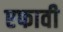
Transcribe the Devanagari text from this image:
एफावी